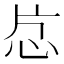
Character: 𬌔